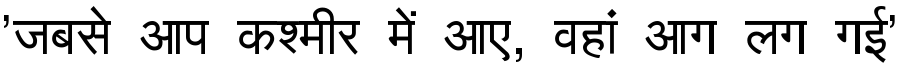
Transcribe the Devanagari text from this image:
'जबसे आप कश्मीर में आए, वहां आग लग गई'